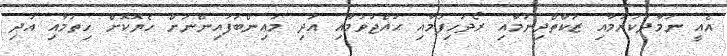
އެއީ ނަމާދުކުރުމާއި ޒަކާތްދިނުމާއި ރޯދަހިފުމާއި ޙައްޖުވުމާއި އަދި މައިންބަފައިންނަށް ހެޔޮކޮށް ހިތުމާއި އަދި